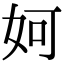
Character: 妸